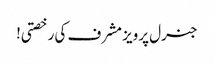
جنرل پرویز مشرف کی رخصتی!